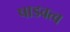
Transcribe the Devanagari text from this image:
षाडवत्व